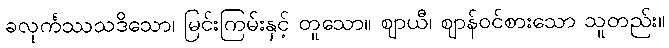
ခလုင်္ကဿသဒိသော၊ မြင်းကြမ်းနှင့် တူသော။ ဈာယီ၊ ဈာန်ဝင်စားသော သူတည်း။